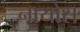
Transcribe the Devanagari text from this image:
नायोस